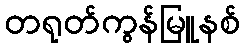
တရုတ်ကွန်မြူနစ်